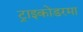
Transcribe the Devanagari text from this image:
ट्राइकोडरमा